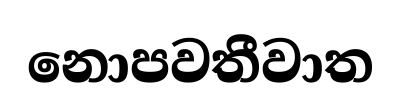
නොපවතීවාත